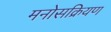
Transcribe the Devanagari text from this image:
मनोसक्रियण